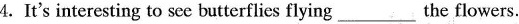
4.It's interesting to see butterflies flying\underline the flowers.